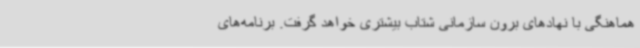
هماهنگی با نهادهای برون سازمانی شتاب بیشتری خواهد گرفت. برنامه‌های